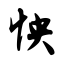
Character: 怏